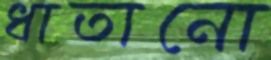
ধাতানো